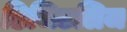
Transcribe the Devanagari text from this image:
डिजिटलिज